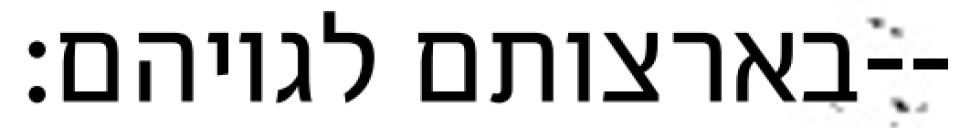
בארצותם לגויהם׃--